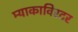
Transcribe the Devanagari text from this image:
म्याकाविरटर